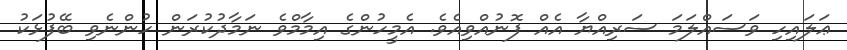
ޢަލައިހި ވަސައްލަމަ ސަރިއްޔާ އެއް ފޮނުއްވިއެވެ. އެމީހުންގެ އިމާމްވެ ނަމާދުކުރަން ހުންނެވި ބޭފުޅަކު